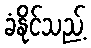
ခံနိုင်သည့်